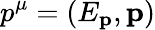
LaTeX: p^{\mu}=(E_{\mathbf{p}},\mathbf{p})